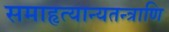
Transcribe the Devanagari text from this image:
समाहृत्यान्यतन्त्राणि